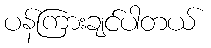
ပန်ကြားချင်ပါတယ်